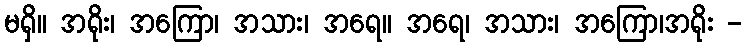
မရှိ။ အရိုး၊ အကြော၊ အသား၊ အရေ။ အရေ၊ အသား၊ အကြော၊အရိုး -